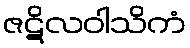
ဇဋိလဝါသိကံ